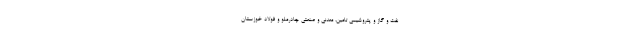
نفت و گاز و پتروشیمی تامین، معدنی و صنعتی چادرملو و فولاد خوزستان